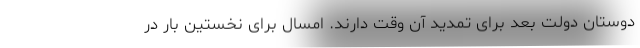
دوستان دولت بعد برای تمدید آن وقت دارند. امسال برای نخستین بار در